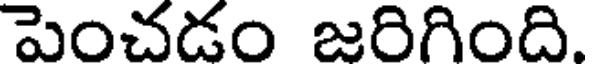
పెంచడం జరిగింది.